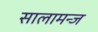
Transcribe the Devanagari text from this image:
सालामन्ज